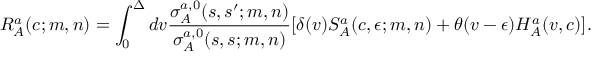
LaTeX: R _ { A } ^ { a } ( c ; m , n ) = \int _ { 0 } ^ { \Delta } d v \frac { \sigma _ { A } ^ { a , 0 } ( s , s ^ { \prime } ; m , n ) } { \sigma _ { A } ^ { a , 0 } ( s , s ; m , n ) } [ \delta ( v ) S _ { A } ^ { a } ( c , \epsilon ; m , n ) + \theta ( v - \epsilon ) H _ { A } ^ { a } ( v , c ) ] .